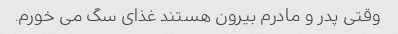
وقتی پدر و مادرم بیرون هستند غذای سگ می خورم.